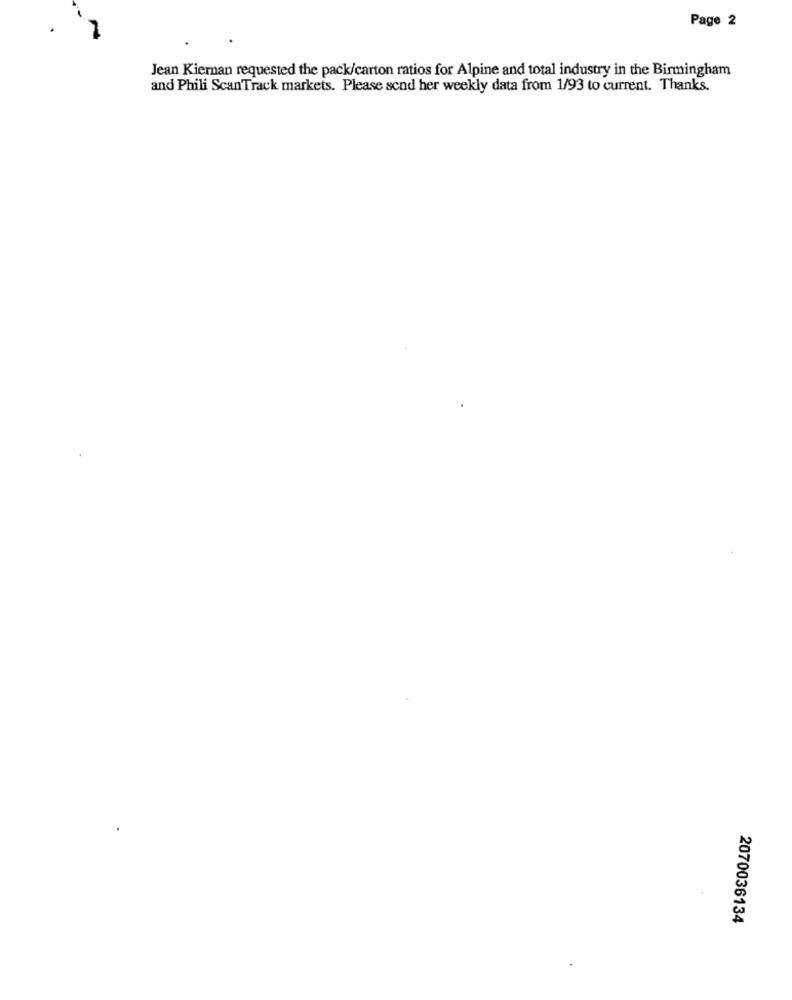
Page 2
Jean Kiernan requested the pack/carton ratios for Alpine and total industry in the Birmingham
and Phili ScanTrack markets. Please send her weekly data from 1/93 to current. Thanks.
2070036134